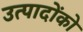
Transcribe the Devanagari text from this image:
उत्पादोंको